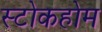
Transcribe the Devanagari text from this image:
स्टोकहोम